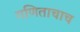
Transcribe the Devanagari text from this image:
गणिताचाच